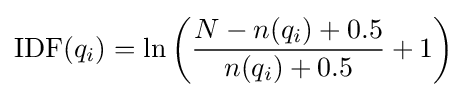
{\text{IDF}}(q_{i})=\ln \left({\frac {N-n(q_{i})+0.5}{n(q_{i})+0.5}}+1\right)